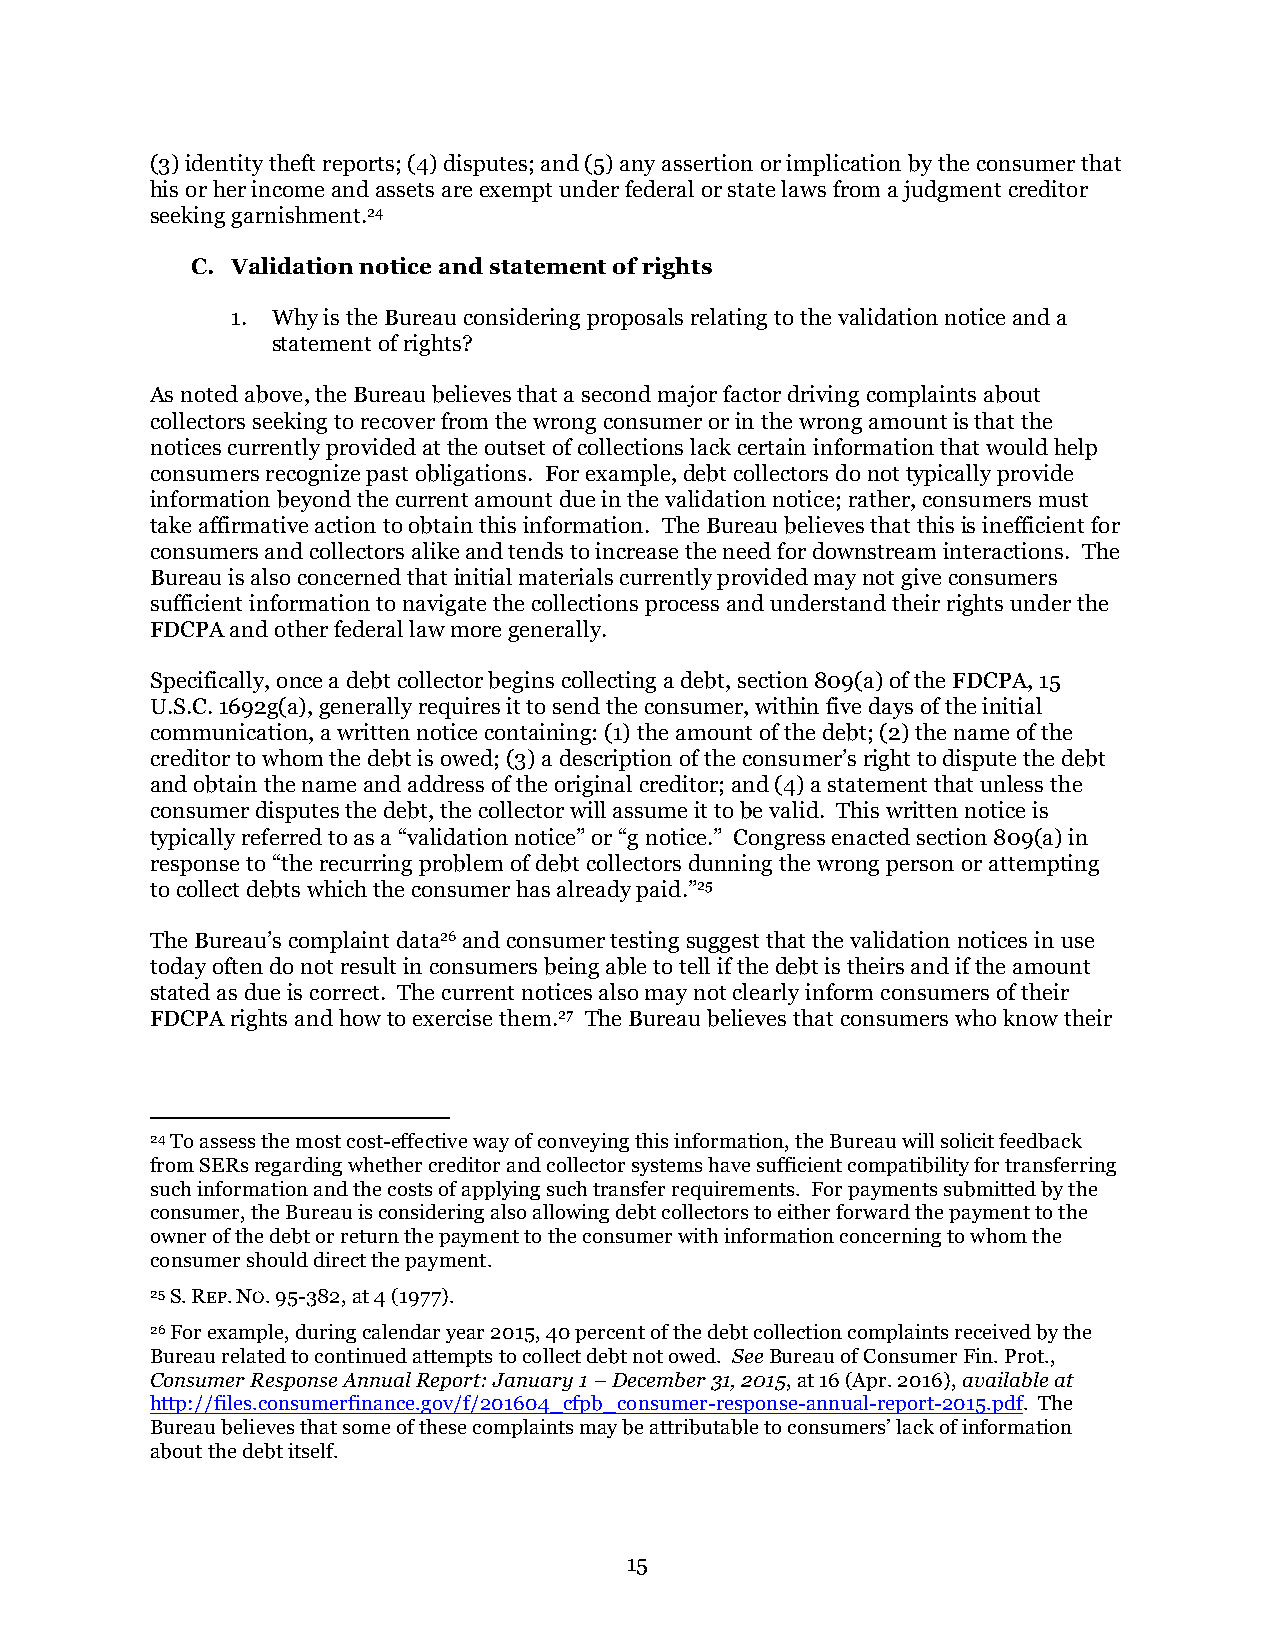
(3) identity theft reports; (4) disputes; and (5) any assertion or implication by the consumer that
 his or her income and assets are exempt under federal or state laws from a judgment creditor
 seeking garnishment.24
 C. Validation notice and statement of rights
 1. Why is the Bureau considering proposals relating to the validation notice and a
 statement of rights?
 As noted above, the Bureau believes that a second major factor driving complaints about
 collectors seeking to recover from the wrong consumer or in the wrong amount is that the
 notices currently provided at the outset of collections lack certain information that would help
 consumers recognize past obligations. For example, debt collectors do not typically provide
 information beyond the current amount due in the validation notice; rather, consumers must
 take affirmative action to obtain this information. The Bureau believes that this is inefficient for
 consumers and collectors alike and tends to increase the need for downstream interactions. The
 Bureau is also concerned that initial materials currently provided may not give consumers
 sufficient information to navigate the collections process and understand their rights under the
 FDCPA and other federal law more generally.
 Specifically, once a debt collector begins collecting a debt, section 809(a) of the FDCPA, 15
 U.S.C. 1692g(a), generally requires it to send the consumer, within five days of the initial
 communication, a written notice containing: (1) the amount of the debt; (2) the name of the
 creditor to whom the debt is owed; (3) a description of the consumer’s right to dispute the debt
 and obtain the name and address of the original creditor; and (4) a statement that unless the
 consumer disputes the debt, the collector will assume it to be valid. This written notice is
 typically referred to as a “validation notice” or “g notice.” Congress enacted section 809(a) in
 response to “the recurring problem of debt collectors dunning the wrong person or attempting
 to collect debts which the consumer has already paid.”25
 The Bureau’s complaint data26 and consumer testing suggest that the validation notices in use
 today often do not result in consumers being able to tell if the debt is theirs and if the amount
 stated as due is correct. The current notices also may not clearly inform consumers of their
 FDCPA rights and how to exercise them.27 The Bureau believes that consumers who know their
 24 To assess the most cost-effective way of conveying this information, the Bureau will solicit feedback
 from SERs regarding whether creditor and collector systems have sufficient compatibility for transferring
 such information and the costs of applying such transfer requirements. For payments submitted by the
 consumer, the Bureau is considering also allowing debt collectors to either forward the payment to the
 owner of the debt or return the payment to the consumer with information concerning to whom the
 consumer should direct the payment.
 25 S. REP. NO. 95-382, at 4 (1977).
 26 For example, during calendar year 2015, 40 percent of the debt collection complaints received by the
 Bureau related to continued attempts to collect debt not owed. See Bureau of Consumer Fin. Prot.,
 Consumer Response Annual Report: January 1 – December 31, 2015, at 16 (Apr. 2016), available at
 http://files.consumerfinance.gov/f/201604_cfpb_consumer-response-annual-report-2015.pdf. The
 Bureau believes that some of these complaints may be attributable to consumers’ lack of information
 about the debt itself.
 15